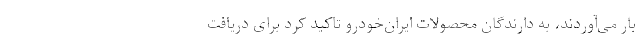
بار می‌آوردند، به دارندگان محصولات ایران‌خودرو تاکید کرد برای دریافت